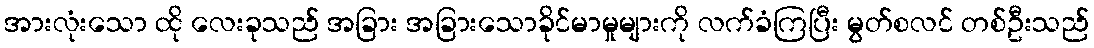
အားလုံးသော ထို လေးခုသည် အခြား အခြားသောခိုင်မာမှုများကို လက်ခံကြပြီး မွတ်စလင် တစ်ဦးသည်